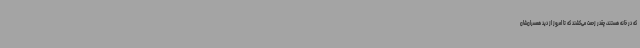
که در خانه هستند، چقدر زحمت می‌کشند که تا امروز از دید همسران‌شان